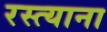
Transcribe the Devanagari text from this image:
रस्त्याना